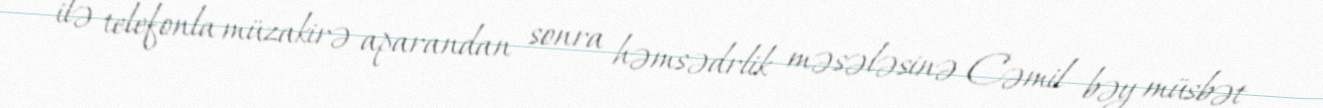
ilə telefonla müzakirə aparandan sonra həmsədrlik məsələsinə Cəmil bəy müsbət